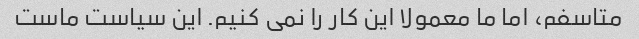
متاسفم، اما ما معمولا این کار را نمی کنیم. این سیاست ماست